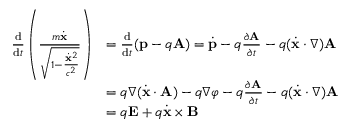
{ \begin{array} { r l } { { \frac { \mathrm { d } } { \mathrm { d } t } } \left( { \frac { m { \dot { \mathbf { x } } } } { \sqrt { 1 - { \frac { { \dot { \mathbf { x } } } ^ { 2 } } { c ^ { 2 } } } } } } \right) } & { = { \frac { \mathrm { d } } { \mathrm { d } t } } ( \mathbf { p } - q \mathbf { A } ) = { \dot { \mathbf { p } } } - q { \frac { \partial \mathbf { A } } { \partial t } } - q ( { \dot { \mathbf { x } } } \cdot \nabla ) \mathbf { A } } \\ & { = q { \boldsymbol { \nabla } } ( { \dot { \mathbf { x } } } \cdot \mathbf { A } ) - q { \boldsymbol { \nabla } } \varphi - q { \frac { \partial \mathbf { A } } { \partial t } } - q ( { \dot { \mathbf { x } } } \cdot \nabla ) \mathbf { A } } \\ & { = q \mathbf { E } + q { \dot { \mathbf { x } } } \times \mathbf { B } } \end{array} }